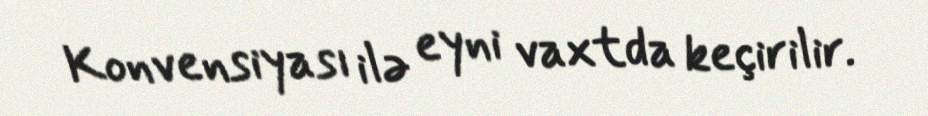
Konvensiyası ilə eyni vaxtda keçirilir.